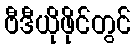
ဗီဒီယိုဖိုင်တွင်